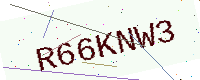
Text: R66KNW3